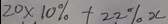
2 0 \times 1 0 \% + 2 2 \% x